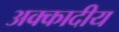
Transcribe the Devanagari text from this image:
अक्कादीय